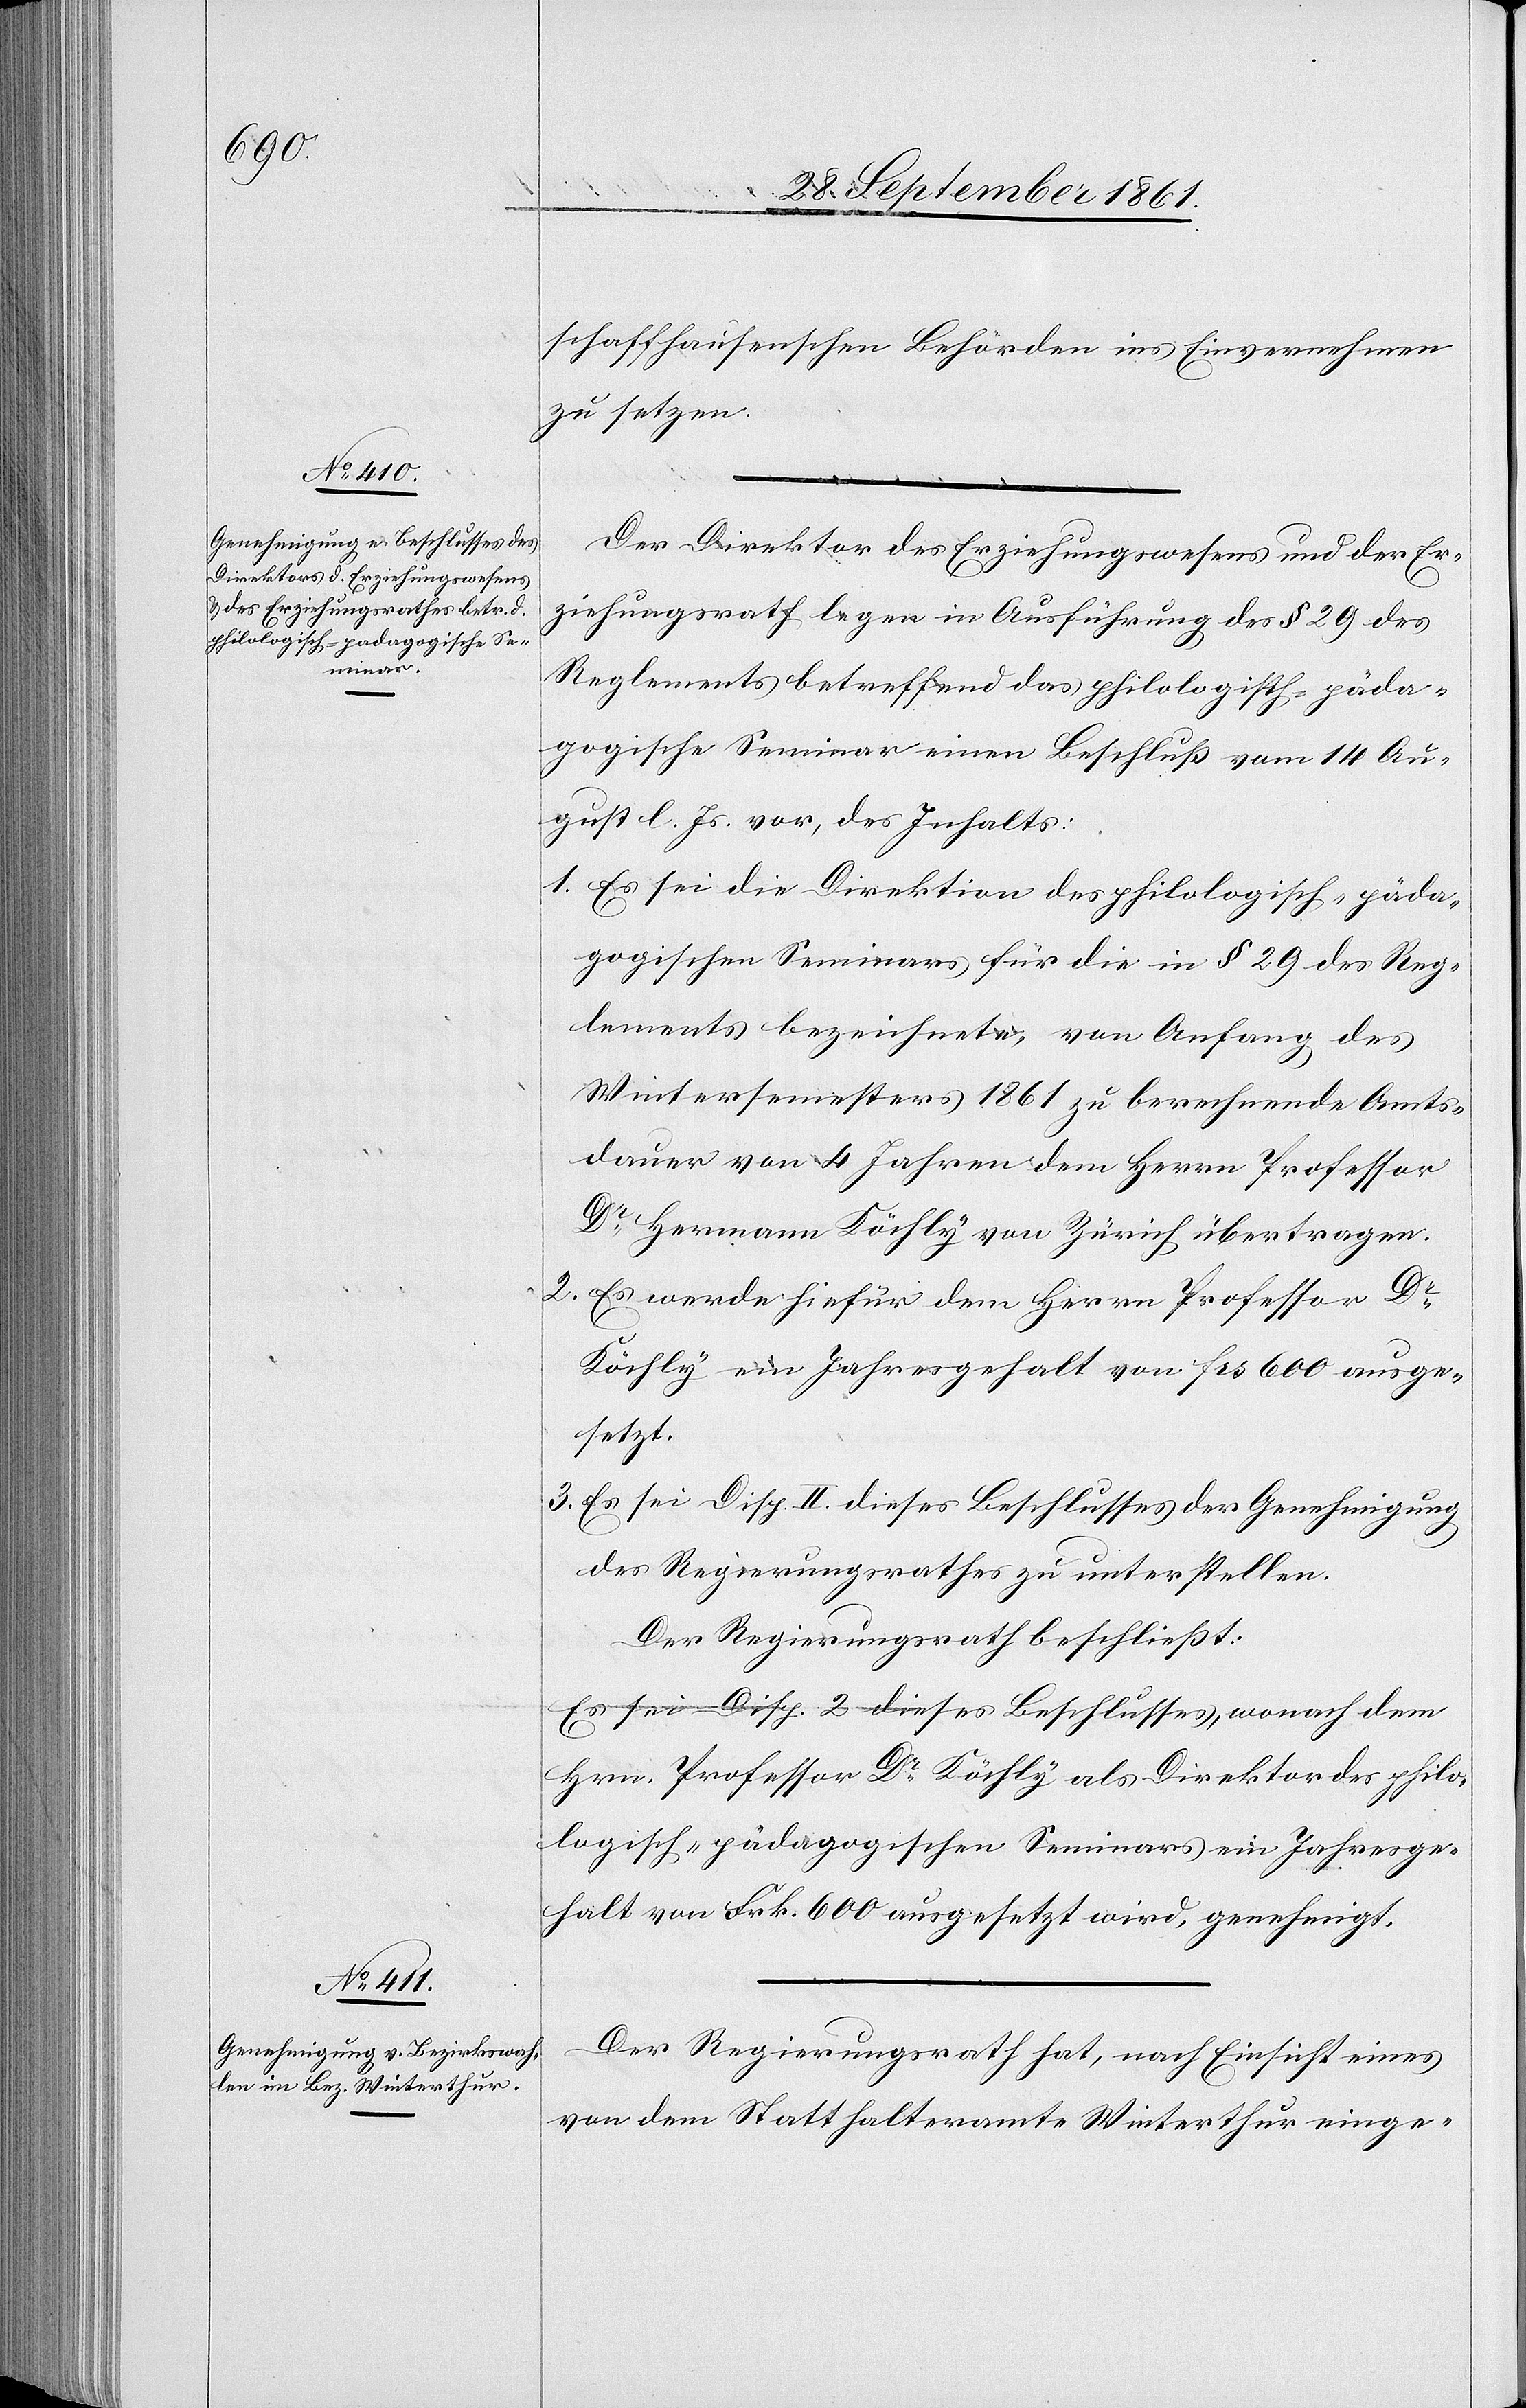
schaffhausischen Behörden ins Einvernehmen
zu setzen.
Der Direktor des Erziehungswesens und der Er¬
ziehungsrath liegen in Ausführung der § 29 des
Reglements betreffend das philologisch-päda¬
gogische Seminar einen Beschluß vom 14 Au¬
gust l. Js. vor, des Inhalts:
1. Es sei die Direktion des philologisch-päda¬
gogischen Seminars für die in § 29 des Reg¬
lements bezeichnete, von Anfang des
Wintersemesters 1861 zu berechnende Amts¬
dauer von 4 Jahren dem Herrn Professor
Dr Hermann Köchly von Zürich übertragen.
2. Es werde hiefür dem Herrn Professor Dr
Köchly ein Jahresgehalt von frs 600 ausge¬
setzt.
3. Es sei Disp. II dieses Beschlusses der Genehmigung
des Regierungsrathes zu unterstellen.
Der Regierungsrath beschließt:
Es sei Disp. 2 dieses Beschlusses, wonach dem
Hrn. Professor Dr Köchly als Direktor des philo¬
logisch-pädagogischen Seminars ein Jahresge¬
halt von Frk. 600 ausgesetzt wird, genehmigt.
Der Regierungsrath hat, nach Einsicht eines
von dem Statthalteramte Winterthur einge-